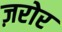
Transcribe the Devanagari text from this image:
ज़रोर